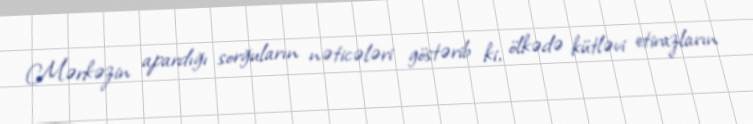
Mərkəzin apardığı sorğuların nəticələri göstərib ki, ölkədə kütləvi etirazların